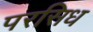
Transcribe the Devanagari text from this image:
परसिध